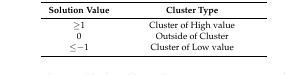
<table><thead><tr><td><b>Solution Value</b></td><td><b>Cluster Type</b></td></tr></thead><tbody><tr><td>≥1</td><td>Cluster of High value</td></tr><tr><td>0</td><td>Outside of Cluster</td></tr><tr><td>≤−1</td><td>Cluster of Low value</td></tr></tbody></table>